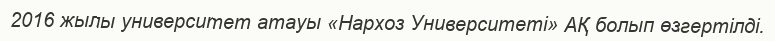
2016 жылы университет атауы «Нархоз Университеті» АҚ болып өзгертілді.